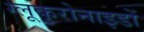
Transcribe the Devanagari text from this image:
ग्लूकुरोनाइडों